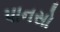
પાનસો